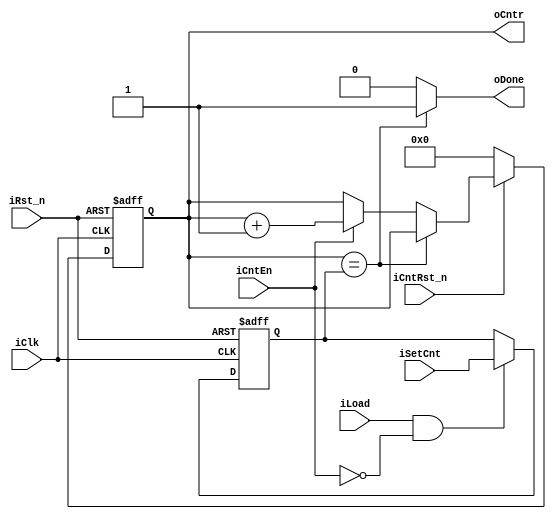
module counter2 #
(
	parameter MAX_COUNT = 100 // maximum number of clock cycles to count, iSetCnt should be smaller than this one.
)
(
	input iClk,
	input iRst_n,
	input iCntRst_n,	//synchronous reset
	input iCntEn,
	input iLoad,
	input [logb2(MAX_COUNT) : 0] iSetCnt,
	output oDone,	// it is high when max count has been reached
	output reg [logb2(MAX_COUNT) : 0] oCntr
);

/* --------------------------------------------------------------------------------
Return the floor of the base 2 log of the "size" number, 
we use the return value as the MSB bit in vector size definitions.

//ex
we need 4 bits for the number 13, we need a vector with an index from 3 t0 0.

flogb2(from 8 to 15) = 3,
flogb2(from 7 to 4) = 2
flogb2(from 3 to 2) = 1
--------------------------------------------------------------------------------  */ 

//--------------------------------------------------------------------------------
// logrithm declaration
function automatic integer logb2(input integer size);
	integer size_buf;
	begin
		size_buf = size;
		for(logb2 = -1; size_buf >0; logb2 = logb2 + 1)
			size_buf = size_buf >> 1;
	end
endfunction

// we need latches simply to store bits of information, save the values
// the counter need to reach to assert and output flag.

reg [logb2(MAX_COUNT) : 0] rMaxCnt;
always @ (posedge iClk or negedge iRst_n)
begin
	if(!iRst_n) rMaxCnt <= {{logb2(MAX_COUNT){1'b1}},1'b1}; // all ones.
	else if(iLoad && !iCntEn) rMaxCnt <= iSetCnt;
	else rMaxCnt <= rMaxCnt;
end // end always

always @ (posedge iClk or negedge iRst_n)
begin
	if(!iRst_n) oCntr <= 0;
	else if(!iCntRst_n) oCntr <= 0;
	else begin
		if(oCntr == rMaxCnt) oCntr <= oCntr;
		else if(iCntEn) oCntr <= oCntr + 1'b1;
		else oCntr <= oCntr;
	end //end else
end // end always

assign oDone = (oCntr == rMaxCnt) ? 1'b1 : 1'b0;

endmodule